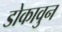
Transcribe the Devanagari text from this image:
डोकावुन